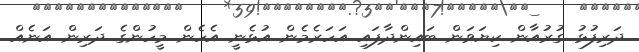
ދަރިފުޅު ގުރުއާން ކިޔަވަން ބައިންދާފައި އަހަރެމެން އުޅެނީ އެހެން މީހުންގެ ދަރިން އަނެއް